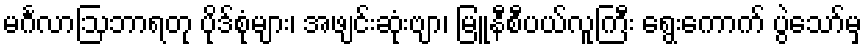
မင်္ဂလာဩဘာရတု ပိုဒ်စုံများ၊ အဖျင်းဆုံးဗျာ၊ မြူနီစီပယ်လူကြီး ရွေးကောက် ပွဲသော်မှ